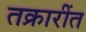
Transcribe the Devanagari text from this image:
तक्रारींत